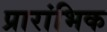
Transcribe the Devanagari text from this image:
प्रारांभिक